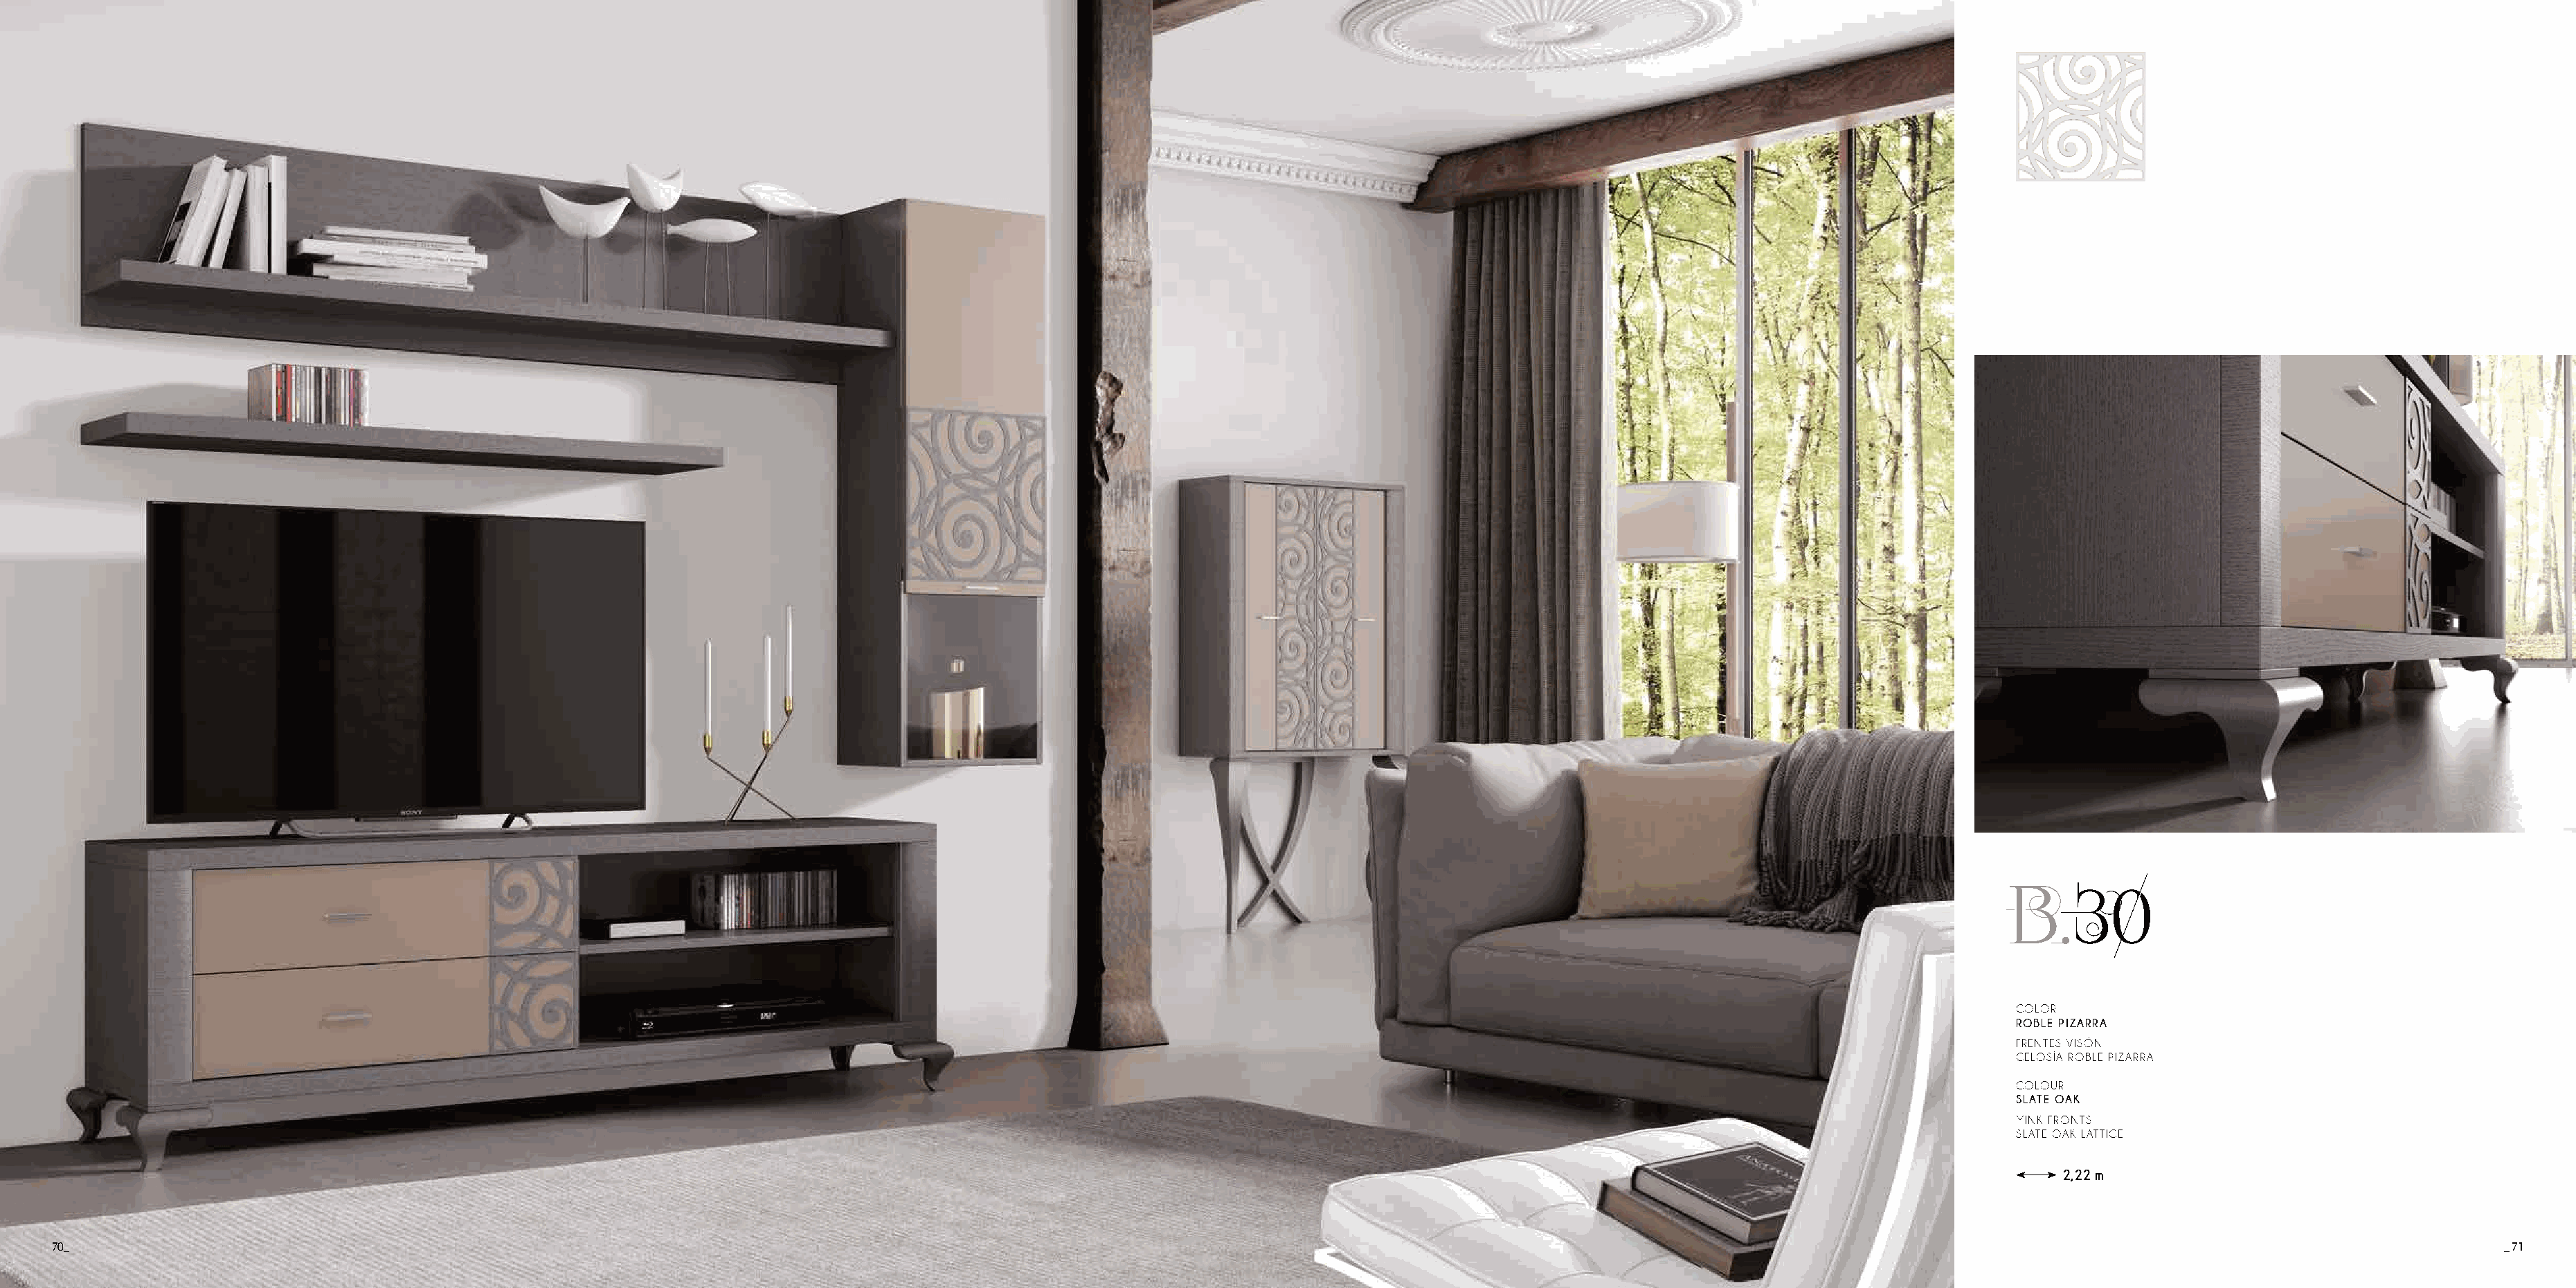
B.30
 COLOR
 ROBLE PIZARRA
 FRENTES VISÓN
 CELOSÍA ROBLE PIZARRA
 COLOUR
 SLATE OAK
 MINK FRONTS
 SLATE OAK LATTICE
 2,22 m
 70_                                                                                                                                                                                                                                       _ 71